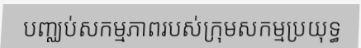
បញ្ឈប់សកម្មភាពរបស់ក្រុមសកម្មប្រយុទ្ធ